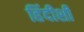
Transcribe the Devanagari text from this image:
हिंदीशी